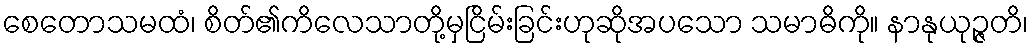
စေတောသမထံ၊ စိတ်၏ကိလေသာတို့မှငြိမ်းခြင်းဟုဆိုအပသော သမာဓိကို။ နာနုယုဉ္ဇတိ၊